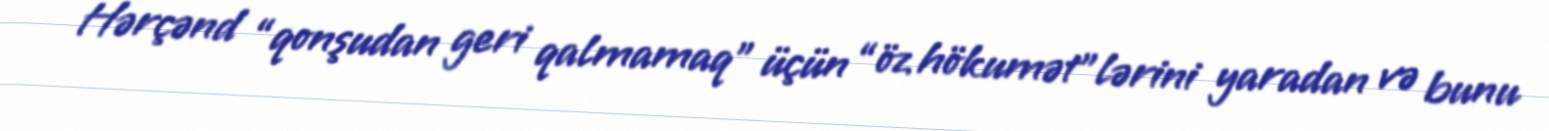
Hərçənd “qonşudan geri qalmamaq” üçün “öz hökumət”lərini yaradan və bunu